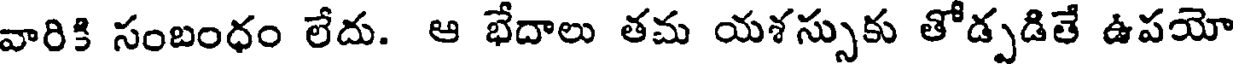
వారికి సంబంధం లేదు. ఆ భేదాలు తమ యశస్సుకు తోడ్పడితే ఉపయో